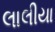
લાલીયા